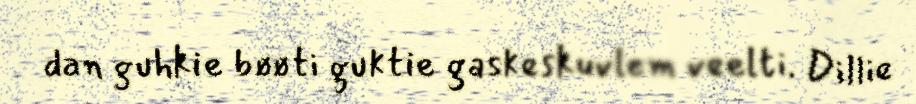
dan guhkie bøøti guktie gaskeskuvlem veelti. Dillie